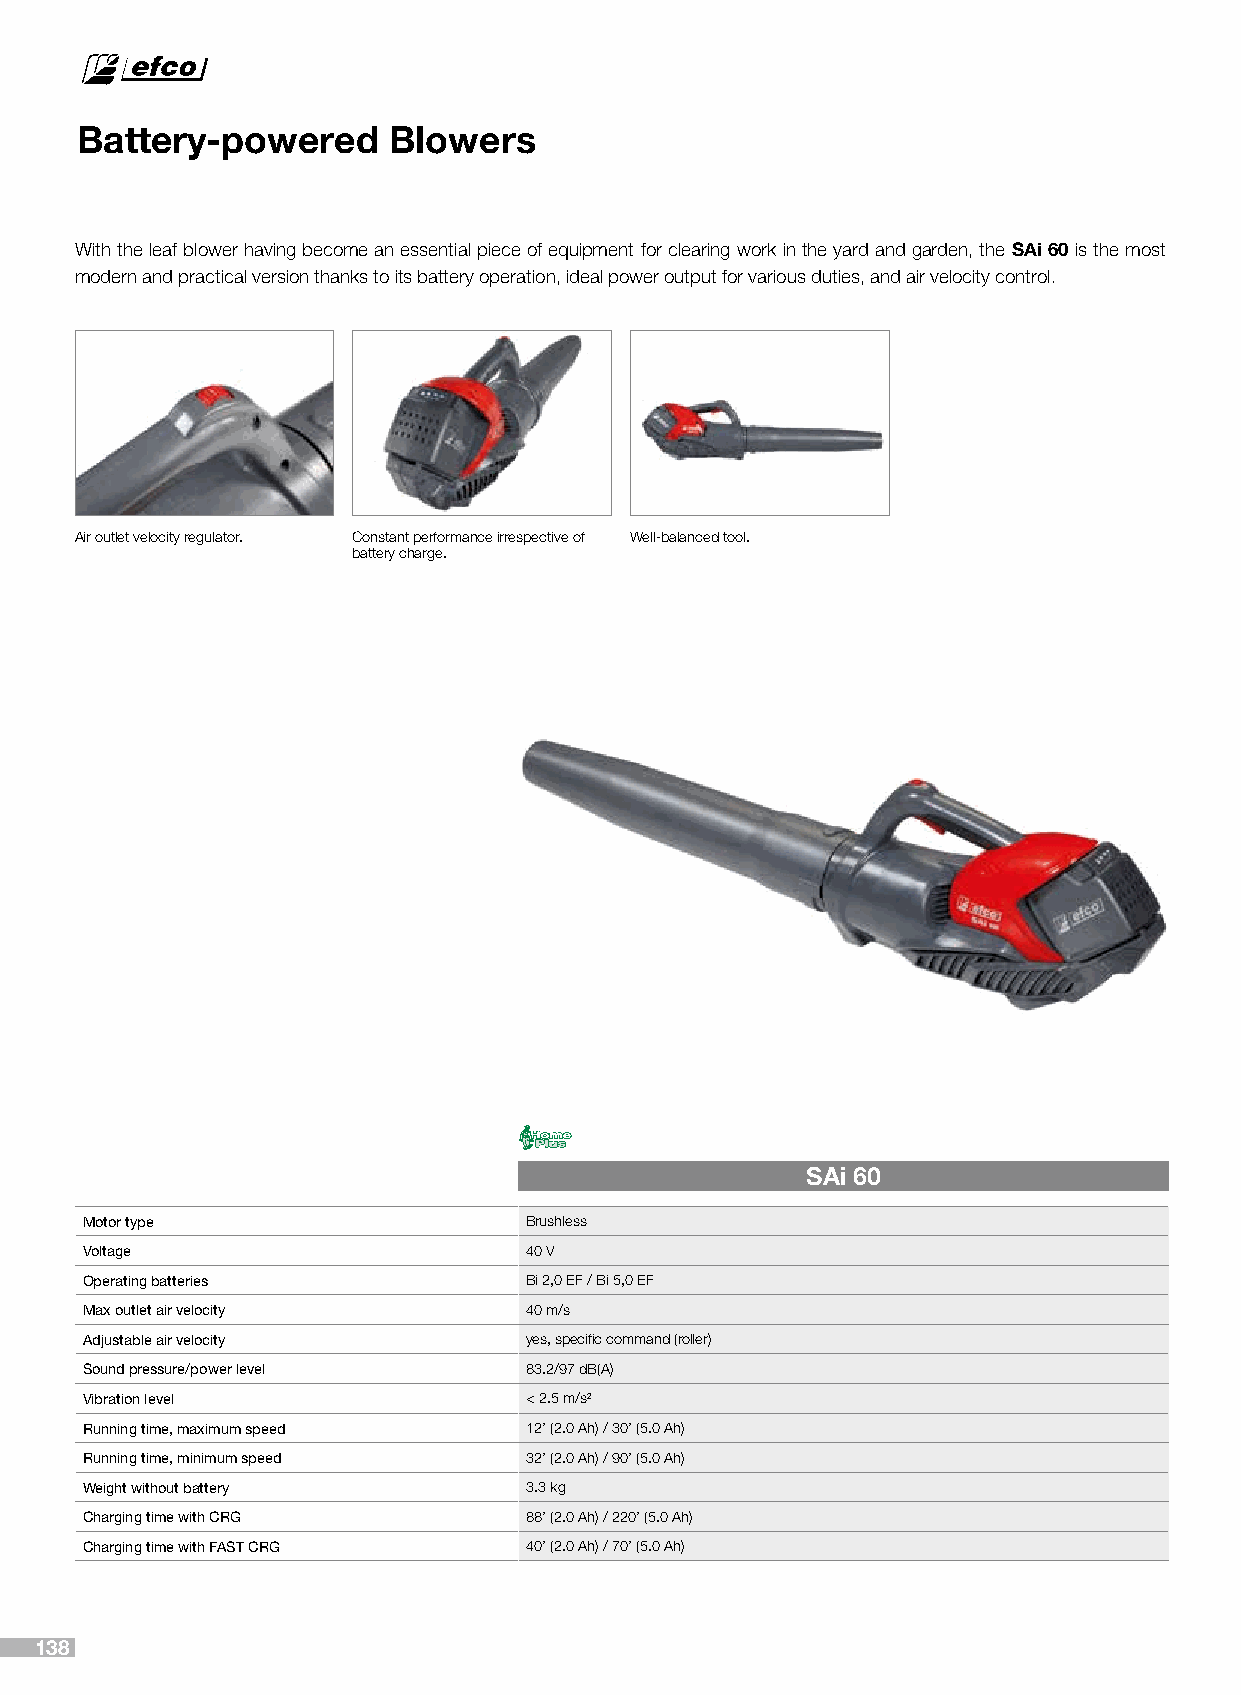
Battery-powered      Blowers
 With the leaf blower having become an essential piece of equipment for clearing work in the yard and garden, the SAi 60 is the most
 modern and practical version thanks to its battery operation, ideal power output for various duties, and air velocity control.
 Air outlet velocity regulator. Constant performance irrespective of Well-balanced tool.
 battery charge.
 SAi 60
 Motor type                    Brushless
 Voltage                       40 V
 Operating batteries           Bi 2,0 EF / Bi 5,0 EF
 Max outlet air velocity       40 m/s
 Adjustable air velocity       yes, specific command (roller)
 Sound pressure/power level    83.2/97 dB(A)
 Vibration level               < 2.5 m/s2
 Running time, maximum speed   12’ (2.0 Ah) / 30’ (5.0 Ah)
 Running time, minimum speed   32’ (2.0 Ah) / 90’ (5.0 Ah)
 Weight without battery        3.3 kg
 Charging time with CRG        88’ (2.0 Ah) / 220’ (5.0 Ah)
 Charging time with FAST CRG   40’ (2.0 Ah) / 70’ (5.0 Ah)
 138